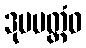
ဒုမပတ္တံဝ